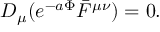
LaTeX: D _ { \mu } ( e ^ { - a \Phi } \bar { F } ^ { \mu \nu } ) = 0 .